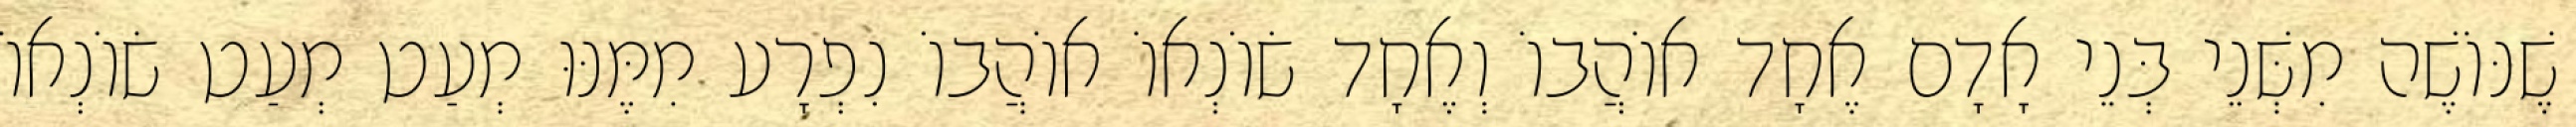
שֶׁנּוֹשֶׁה מִשְּׁנֵי בְּנֵי אָדָם אֶחָד אוֹהֲבוֹ וְאֶחָד שׂוֹנְאוֹ אוֹהֲבוֹ נִפְרָע מִמֶּנּוּ מְעַט מְעַט שׂוֹנְאוֹ